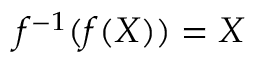
f ^ { - 1 } ( f ( X ) ) = X